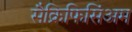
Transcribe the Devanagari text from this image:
सैक्रिफिसिंअम